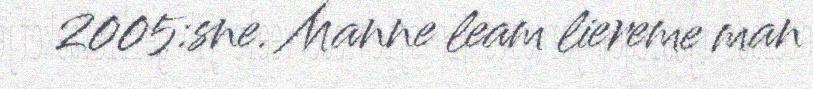
2005:sne. Manne leam liereme man